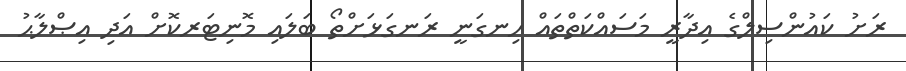
ރަށު ކައުންސިލްގެ އިދާރީ މަސައްކަތްތައް ހިނގަނީ ރަނގަޅަށްތޯ ބަލައި މޮނިޓަރކޮށް އަދި އިޞްލާޙު